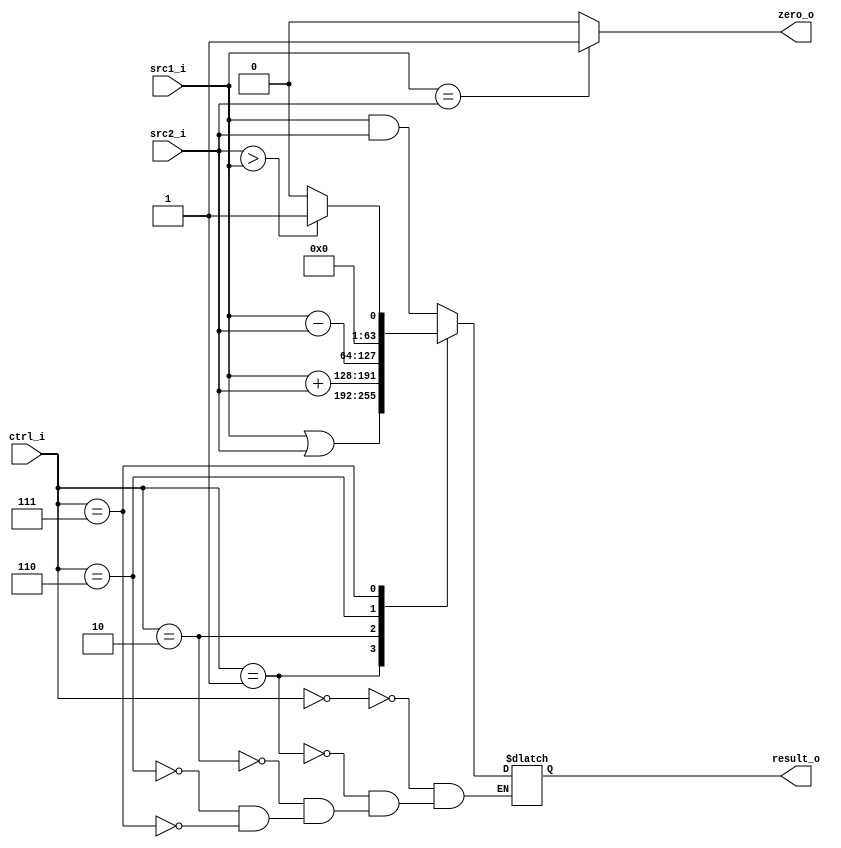
module ALU(
    src1_i,
	src2_i,
	ctrl_i,
	result_o,
	zero_o
	);
  
//I/O ports
input  [64-1:0]  src1_i;
input  [64-1:0]	 src2_i;
input  [4-1:0]   ctrl_i;

output [64-1:0]	 result_o;
output           zero_o;

//Internal signals
reg    [64-1:0]  result_o;
wire             zero_o;

//Parameter
wire signed [63:0] src1_signed;
wire signed [63:0] src2_signed;

assign src1_signed = src1_i;
assign src2_signed = src2_i;

//Main function
always @(*) begin
	case (ctrl_i)
		4'b0000: begin
			result_o = src1_signed & src2_signed;
		end 
		4'b0001: begin
			result_o = src1_signed | src2_signed;
		end 
		4'b0010: begin
			result_o = src1_signed + src2_signed;
		end 
		4'b0110: begin
			result_o = src1_signed - src2_signed;
		end 
		4'b0111: begin
			result_o = (src2_signed > src1_signed)? 1: 0;
		end
		default: begin
		end
	endcase
end
assign zero_o = (src1_i == src2_i)? 1: 0;

endmodule